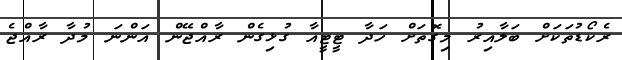
ރެކޯޑުތަކަށް ބަލާއިރު މިގޮތަށް ހަދާ ޓީޓީއާ ގުޅިގެން ރާއްޖޭން އަންނަ މުދާ ރާއްޖެ